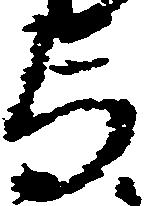
与